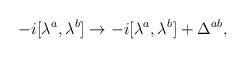
\begin{align*}-i[\lambda ^{a},\lambda ^{b}]\rightarrow -i[\lambda ^{a},\lambda^{b}]+\Delta ^{ab}, \end{align*}